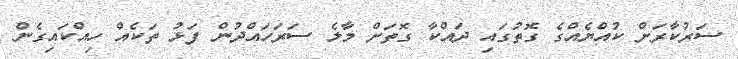
ސަރުކާރަށް ކުއްޔެއްގެ ގޮތުގައި ދައްކާ ގޮތަށް މާލެ ސަރަހައްދުން ފަޅު ތަކެއް ހިއްކައިގެން